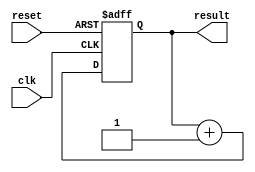
// This program was cloned from: https://github.com/lnis-uofu/OpenFPGA
// License: MIT License

///////////////////////////////////////////
//  Functionality: Counter with asynchronous reset
////////////////////////////////////////

module counter (
	clk,
	reset,
	result
);

	input clk;
	input reset;
	output [7:0] result;

	reg [7:0] result;

    initial begin
      result <= 0;
    end

	always @(posedge clk or posedge reset)
	begin
		if (reset) 
			result = 0;		
		else 
			result = result + 1;
	end
endmodule